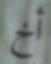
أخ